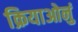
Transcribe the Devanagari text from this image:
क्रियाओनुं